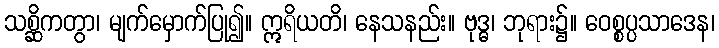
သစ္ဆိကတွာ၊ မျက်မှောက်ပြု၍။ ဣရိယတိ၊ နေသနည်း။ ဗုဒ္ဓ၊ ဘုရား၌။ ဝေစ္စပ္ပသာဒေန၊